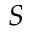
S